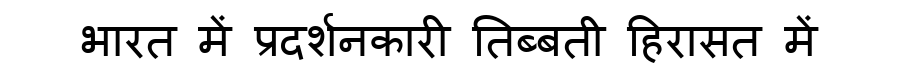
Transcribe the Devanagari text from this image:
भारत में प्रदर्शनकारी तिब्बती हिरासत में